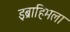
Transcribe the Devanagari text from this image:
इब्राहिमला